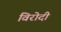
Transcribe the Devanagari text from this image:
विरोदी